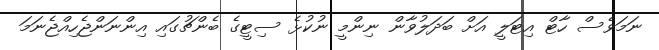
ނަމަވެސް ހާޓް އިޓަލީ އަށް ބަދަލުވާން ނިންމީ ނުކުޅެ ސިޓީގެ ބެންޗުގައި އިންނަންޖެހިއްޖެނަމަ